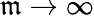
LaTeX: \mathfrak{m}\rightarrow\infty